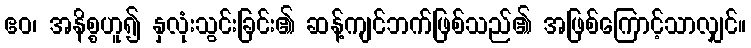
ဧဝ၊ အနိစ္စဟူ၍ နှလုံးသွင်းခြင်း၏ ဆန့်ကျင်ဘက်ဖြစ်သည်၏ အဖြစ်ကြောင့်သာလျှင်။